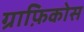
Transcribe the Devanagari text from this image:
ग्राफ़िकोस